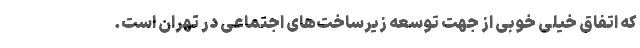
که اتفاق خیلی خوبی از جهت توسعه زیرساخت‌های اجتماعی در تهران است.